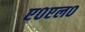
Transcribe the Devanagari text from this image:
ए०एल०